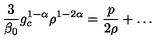
\frac { 3 } { \beta _ { 0 } } g _ { c } ^ { 1 - \alpha } \rho ^ { 1 - 2 \alpha } = \frac { p } { 2 \rho } + \ldots \,